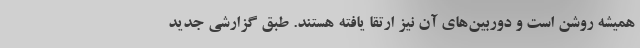
همیشه روشن است و دوربین‌های آن نیز ارتقا یافته هستند. طبق گزارشی جدید